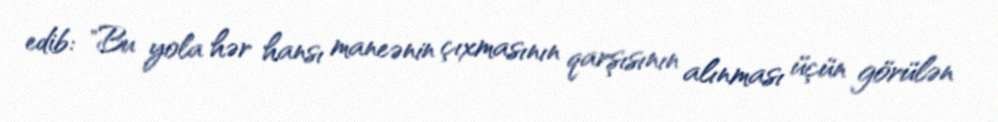
edib: "Bu yola hər hansı maneənin çıxmasının qarşısının alınması üçün görülən